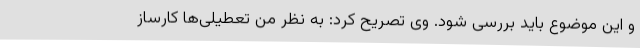
و این موضوع باید بررسی شود. وی تصریح کرد: به نظر من تعطیلی‌ها کارساز